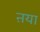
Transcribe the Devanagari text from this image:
ऩया